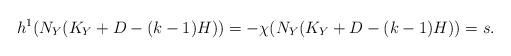
LaTeX: \begin{align*}h^1(N_Y(K_Y+D-(k-1)H))=-\chi(N_Y(K_Y+D-(k-1)H))=s.\end{align*}